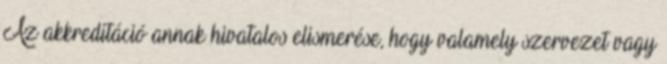
Az akkreditáció annak hivatalos elismerése, hogy valamely szervezet vagy